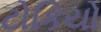
ટોકિયો